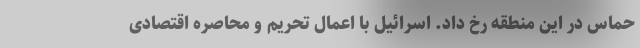
حماس در این منطقه رخ داد. اسرائیل با اعمال تحریم و محاصره اقتصادی